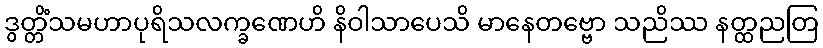
ဒွတ္တိံသမဟာပုရိသလက္ခဏေဟိ နိဝါသာပေသိ မာနေတဗ္ဗော သညိဿ နတ္ထညတြ